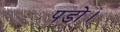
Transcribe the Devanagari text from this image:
पडो।